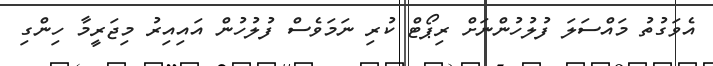
އެވަގުތު މައްސަލަ ފުލުހުންނަށް ރިޕޯޓް ކުރި ނަމަވެސް ފުލުހުން އައިއިރު މިޖަރީމާ ހިންގި